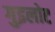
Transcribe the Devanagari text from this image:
गुइलोट